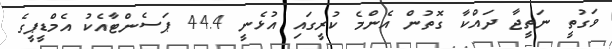
ވަގުތީ ނަތީޖާ ދައްކާ ގޮތުން އެންމެ ކުރީގައި އުޅެނީ 44.4 ޕަސެންޓާއެކު އެމްޑީޕީގެ